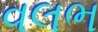
વલભ